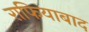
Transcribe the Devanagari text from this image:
राफियाबाद